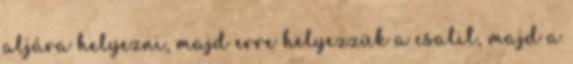
aljára helyezni, majd erre helyezzük a csalit, majd a